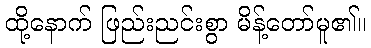
ထို့နောက် ဖြည်းညင်းစွာ မိန့်တော်မူ၏။